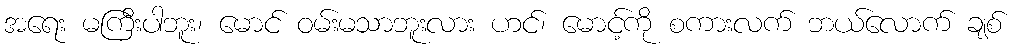
အရေး မကြီးပါဘူး၊ မောင် ဝမ်းမသာဘူးလား ဟင်၊ မောင့်ကို စကားလက် ဘယ်လောက် ချစ်